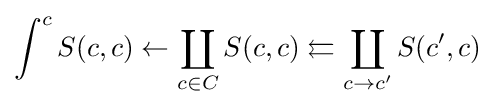
\int ^{c}S(c,c)\leftarrow \coprod _{c\in C}S(c,c)\leftleftarrows \coprod _{c\to c'}S(c',c)